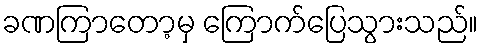
ခဏကြာတော့မှ ကြောက်ပြေသွားသည်။